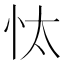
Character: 忲